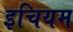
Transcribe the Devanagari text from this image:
इचियम